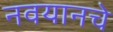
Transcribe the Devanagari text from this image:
नवयानचे